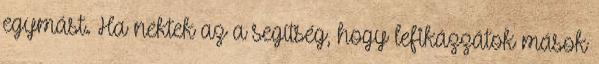
egymást. Ha nektek az a segítség, hogy lefikázzátok mások